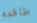
طاقمه